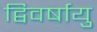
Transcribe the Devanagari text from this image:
द्विवर्षायु